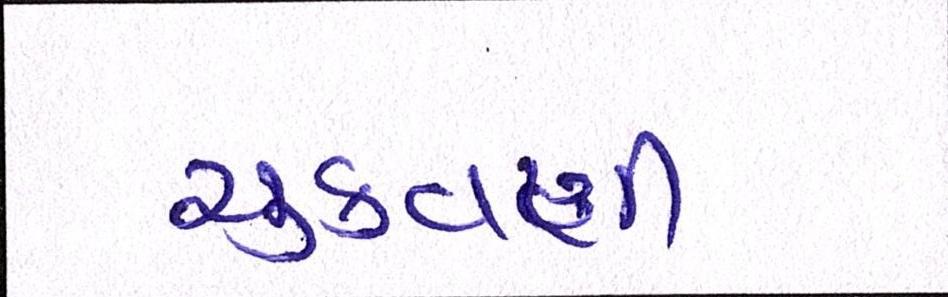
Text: ચુકવણી